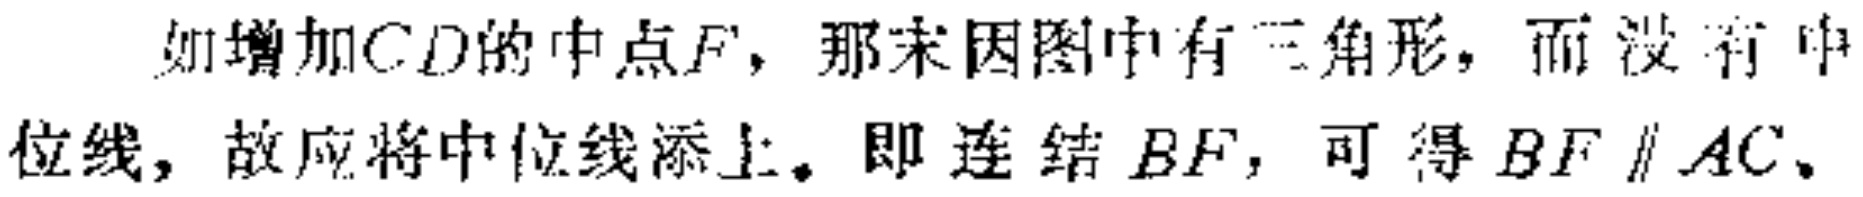
如增加\(CD\)的中点\(F\)，那末因图中有三角形，而没有中位线，故应将中位线添上。即 连 结 \(BF\)，可得 \(BF \parallel AC\)、